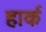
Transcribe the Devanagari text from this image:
हार्क